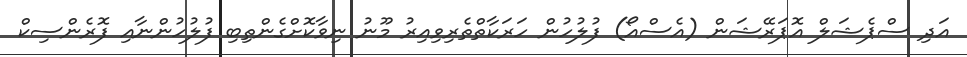
އަދި ސްޕެޝަލް އޮޕަރޭޝަން (އެސްއޯ) ފުލުހުން ހަރަކާތްތެރިވިއިރު މޫނު ނިވާކޮށްގެންތިބި ފުލުހުންނާއި ފޮރެންސިކް